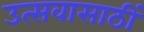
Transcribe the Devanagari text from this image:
उत्सवासाठीं